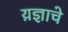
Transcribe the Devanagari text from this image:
य़ज्ञाचे